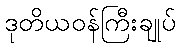
ဒုတိယဝန်ကြီးချုပ်